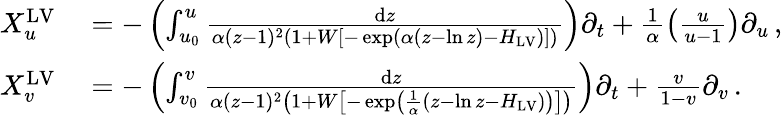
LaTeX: \begin{array}{rl}{X_{u}^{\mathrm{LV}}}&{{}=-\left(\int_{u_{0}}^{u}\frac{\mathrm{d}z}{\alpha(z-1)^{2}\left(1+W\left[-\exp\left(\alpha\left(z-\ln z\right)-H_{\mathrm{LV}}\right)\right]\right)}\right)\partial_{t}+\frac{1}{\alpha}\left(\frac{u}{u-1}\right)\partial_{u}\, ,}\\ {X_{v}^{\mathrm{LV}}}&{{}=-\left(\int_{v_{0}}^{v}\frac{\mathrm{d}z}{\alpha(z-1)^{2}\left(1+W\left[-\exp\left(\frac{1}{\alpha}\left(z-\ln z-H_{\mathrm{LV}}\right)\right)\right]\right)}\right)\partial_{t}+\frac{v}{1-v}\partial_{v}\, .}\end{array}